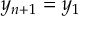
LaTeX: y _ { n + 1 } = y _ { 1 }